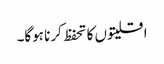
اقلیتوں کا تحفظ کرنا ہوگا۔